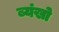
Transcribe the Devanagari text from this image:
ब्यंखो